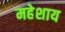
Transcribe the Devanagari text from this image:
महेशाय